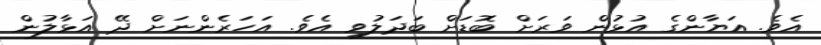
އެވެ. އަޔާންގެ އުޅުން ވަރަށް ބޮޑަށް ބަދަލުވި އެވެ. އަހަރެންނަށް ދޭ އަޅާލުން